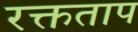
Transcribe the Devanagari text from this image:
रक्तताप